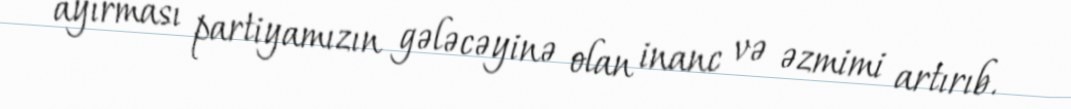
ayırması partiyamızın gələcəyinə olan inanc və əzmimi artırıb.